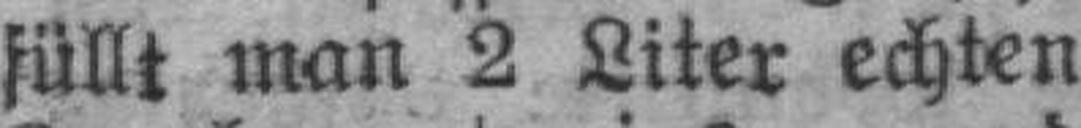
füllt man 2 Liter echten